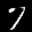
Label: 7